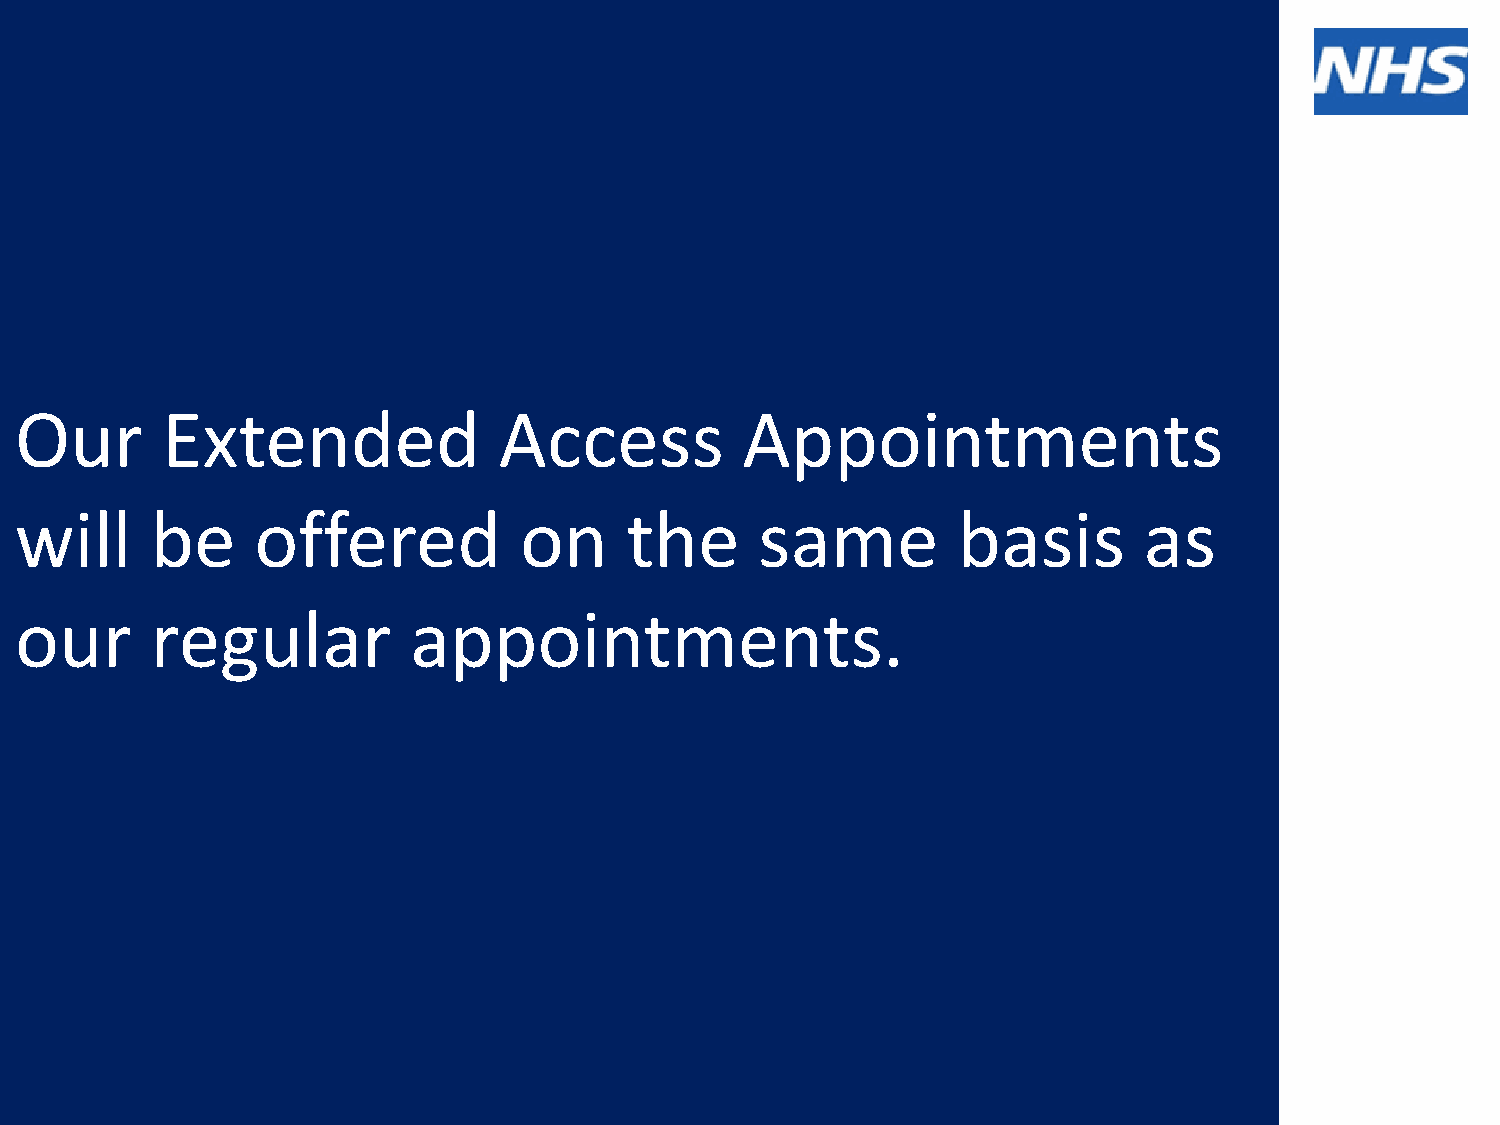
Our       Extended              Access          Appointments
 will     be     offered          on     the      same         basis        as
 our      regular          appointments.